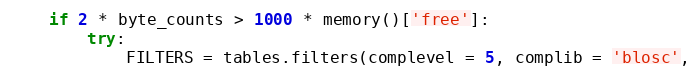
Language: Python
    if 2 * byte_counts > 1000 * memory()['free']:
        try:
            FILTERS = tables.filters(complevel = 5, complib = 'blosc',